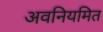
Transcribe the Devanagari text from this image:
अवनियमित